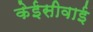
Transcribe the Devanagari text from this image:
केईसीवाई